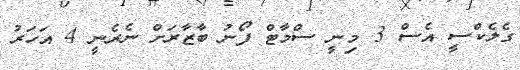
ގެލެކްސީ އެސް 3 މިނީ ސްމާޓް ފޯނު ބާޒާރަށް ނެރެނީ 4 އަހަރު